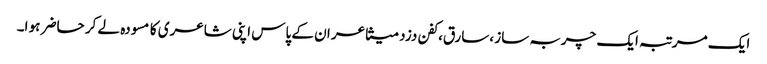
ایک مرتبہ ایک چربہ ساز ،سارق،کفن دزد متشاعر ان کے پاس اپنی شاعری کا مسودہ لے کر حاضر ہو ا۔